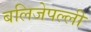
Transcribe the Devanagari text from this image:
बलिजेपल्ली